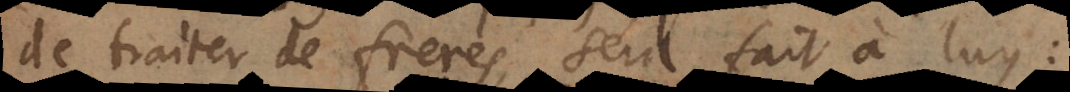
de traiter de freres, sera fait à luyS